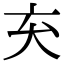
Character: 𫝅